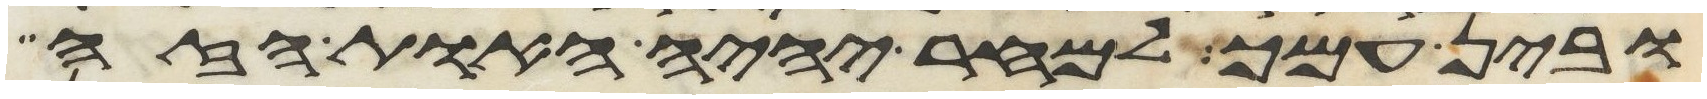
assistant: ובין עמך למחר יהיה האות הזה